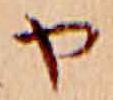
や